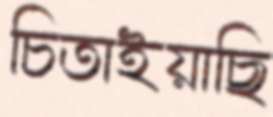
চিতাইয়াছি